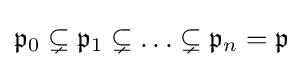
{\mathfrak {p}}_{0}\subsetneq {\mathfrak {p}}_{1}\subsetneq \ldots \subsetneq {\mathfrak {p}}_{n}={\mathfrak {p}}